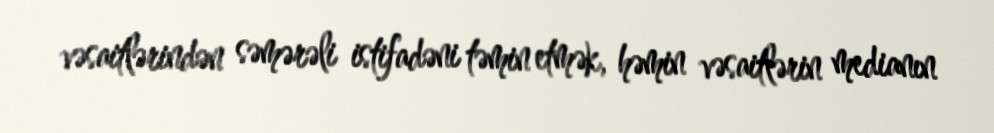
vəsaitlərindən səmərəli istifadəni təmin etmək, həmin vəsaitlərin medianın